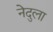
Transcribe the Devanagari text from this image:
नेदुला